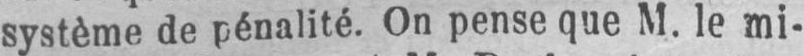
système de pénalité. On pense que M. le mi-